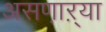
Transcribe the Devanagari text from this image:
असणा़ऱ्या